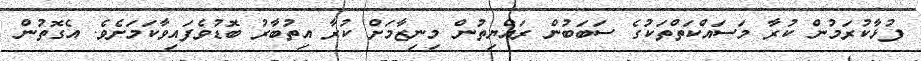
ފުޅާކުރަމުން ކުރާ މަސައްކަތްތަކުގެ ސަބަބުން ރައްޔިތުން މިނިޒާމަށް ކުރާ އިތުބާރު ބޮޑުވެފައިވާކަމަށެވެ. އެގޮތުން